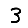
Digit: 3